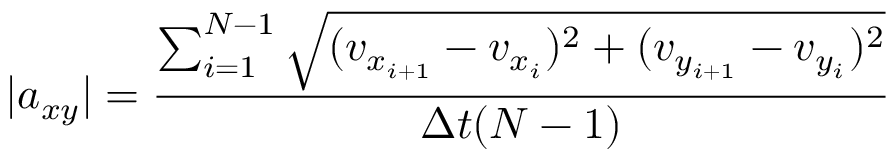
| a _ { x y } | = \frac { \sum _ { i = 1 } ^ { N - 1 } \sqrt { ( v _ { { x } _ { i + 1 } } - v _ { { x } _ { i } } ) ^ { 2 } + ( v _ { { y } _ { i + 1 } } - v _ { { y } _ { i } } ) ^ { 2 } } } { \Delta t ( N - 1 ) }